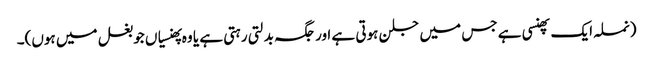
(نملہ ایک پھنسی ہے جس میں جلن ہوتی ہے اور جگہ بدلتی رہتی ہے یا وہ پھنسیاں جو بغل میں ہوں)۔